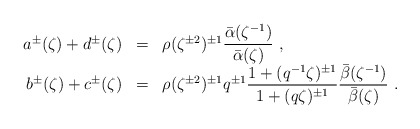
\begin{align*}\begin{array}{rcl}a^\pm(\zeta)+d^\pm(\zeta)&=&\rho(\zeta^{\pm2})^{\pm 1}\displaystyle\frac{\bar{\alpha}(\zeta^{-1})}{\bar{\alpha}(\zeta)}~,\\b^\pm(\zeta)+c^\pm(\zeta)&=&\rho(\zeta^{\pm 2})^{\pm 1}q^{\pm 1}\displaystyle\frac{1+(q^{-1}\zeta)^{\pm 1}}{1+(q\zeta)^{\pm 1}}\displaystyle\frac{\bar{\beta}(\zeta^{-1})}{\bar{\beta}(\zeta)}~.\end{array}\end{align*}